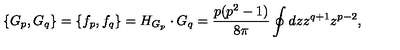
\{ G _ { p } , G _ { q } \} = \{ f _ { p } , f _ { q } \} = H _ { G _ { p } } \cdot G _ { q } = { \frac { p ( p ^ { 2 } - 1 ) } { 8 \pi } } \oint d z z ^ { q + 1 } z ^ { p - 2 } ,